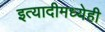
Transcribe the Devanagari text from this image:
इत्यादीमध्येही